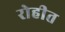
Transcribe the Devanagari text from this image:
रोहीत